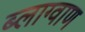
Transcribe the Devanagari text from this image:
ब्लाग्वाण